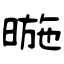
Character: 暆